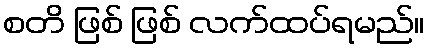
စတိ ဖြစ် ဖြစ် လက်ထပ်ရမည်။